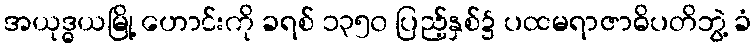
အယုဒ္ဓယမြို့ ဟောင်းကို ခရစ် ၁၃၅၀ ပြည့်နှစ်၌ ပထမရာဇာဓိပတိဘွဲ့ ခံ